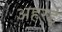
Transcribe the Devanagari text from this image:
अहरई